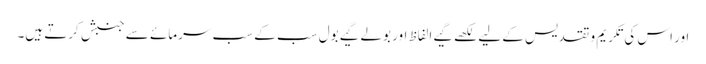
اور اس کی تکریم و تقدیس کے لیے لکھے گیے الفاظ اور بولے گیے بول سب کے سب سرمائے سے جنبش کرتے ہیں۔